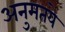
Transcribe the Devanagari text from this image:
अनुमतये